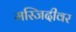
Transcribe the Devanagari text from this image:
मस्जिदीवर